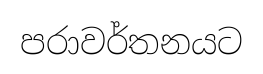
පරාවර්තනයට